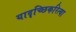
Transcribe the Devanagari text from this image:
यादृच्छिकरित्या